Bréfritari: Andrés Fjeldsted
Viðtakandi: Einar Friðgeirsson
Dagsetning: A-1890-01-30
Skrifað á: Hvítárvöllum  Borg.

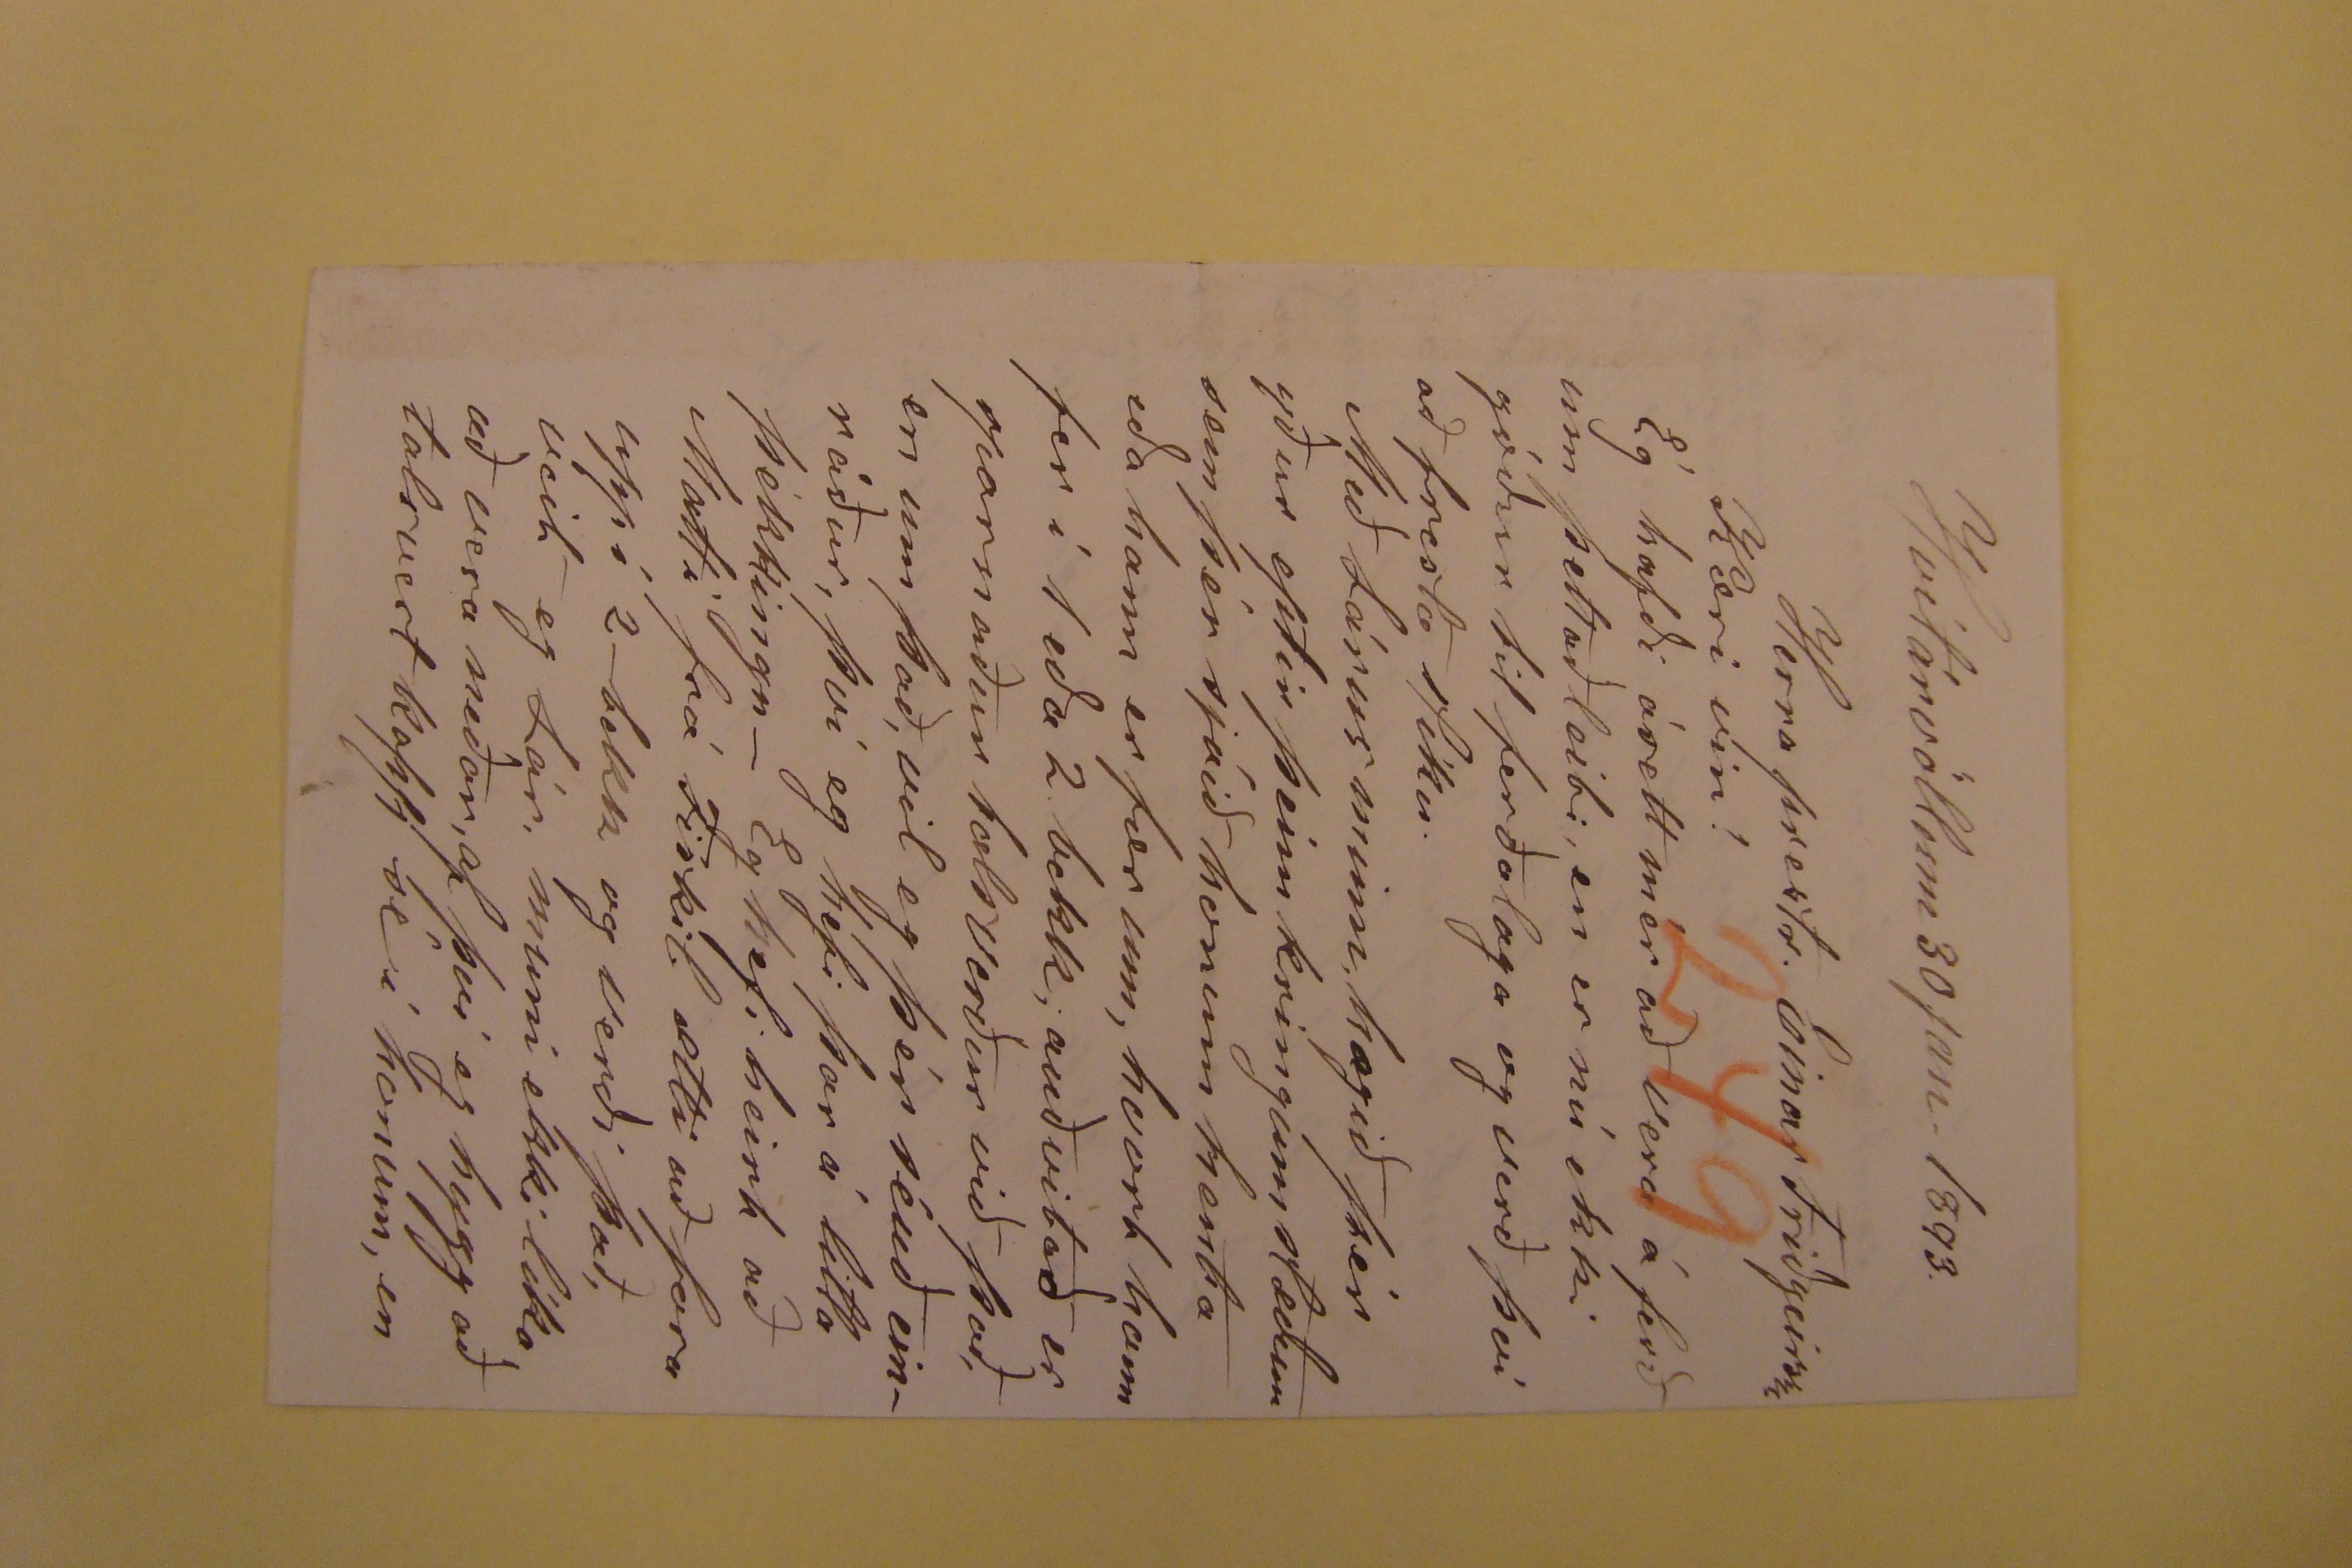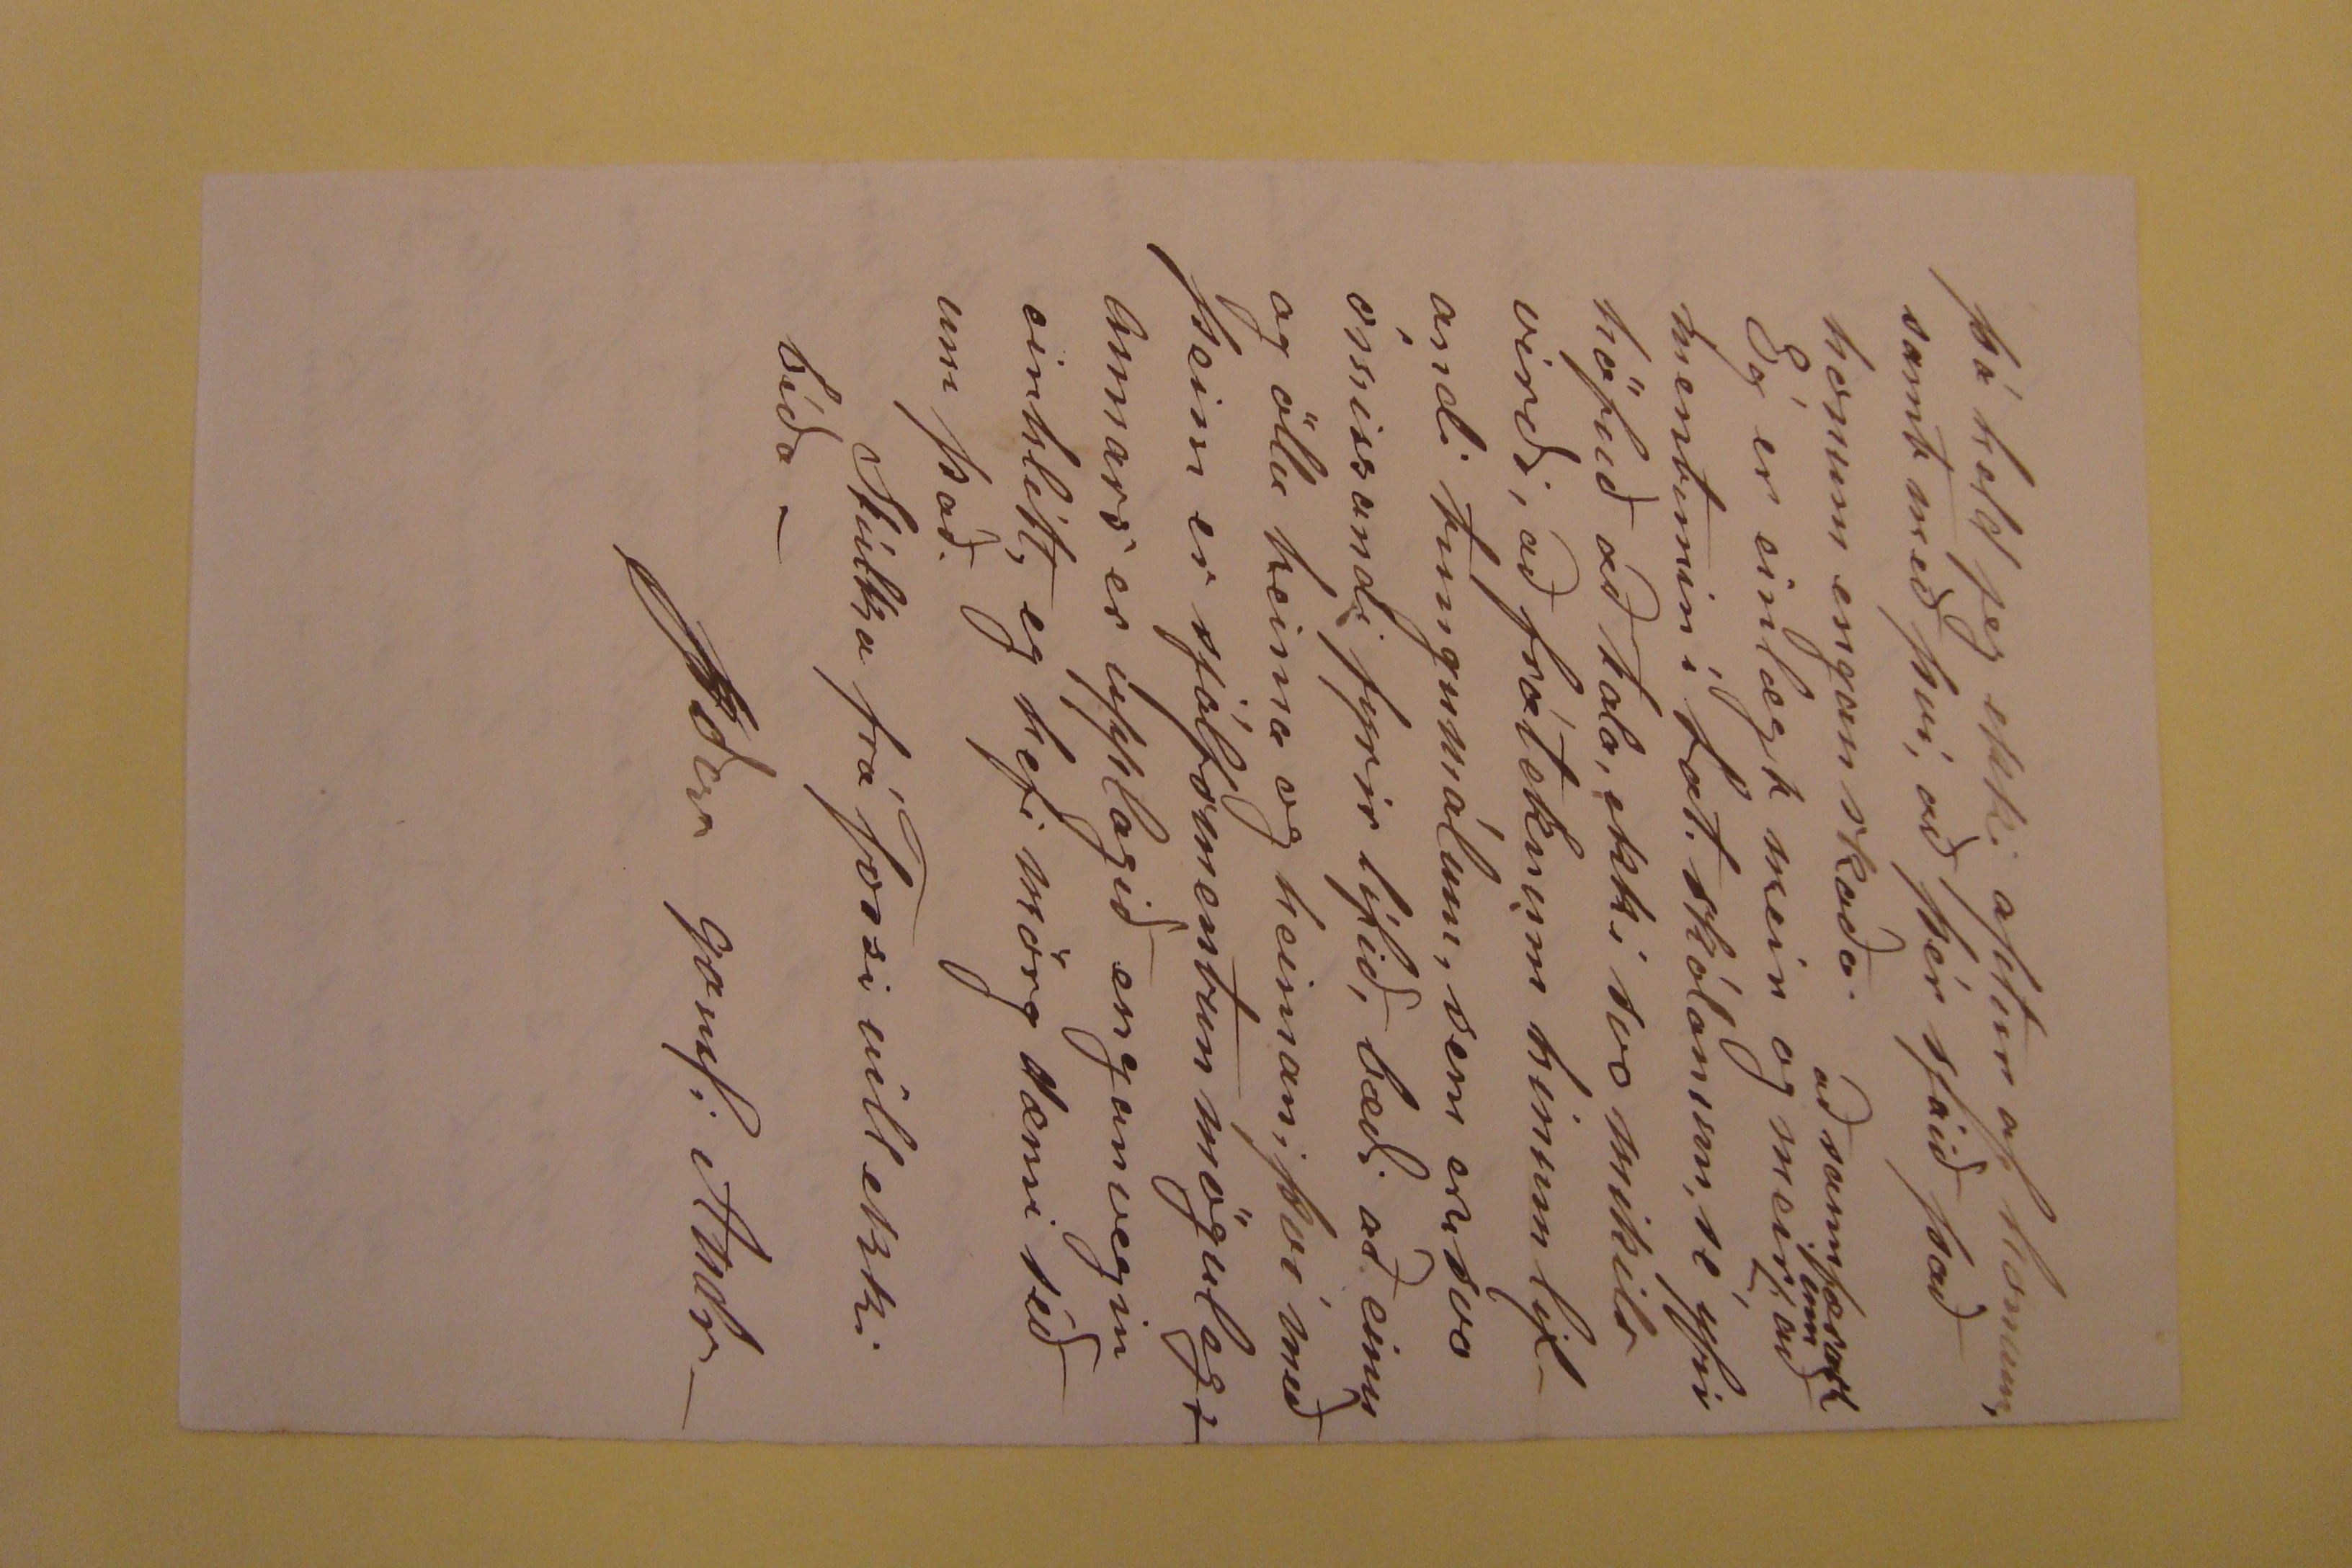

Hvítárvöllum 30 jan. 1893
Herra prestr. Einar Friðgeirsson
Kæri vin!
Ég hafði árett mér að vera á ferð um þettað leiti, en er nú ekki góður til ferðalaga og verð því að fresta slíku. Með Lárus minn, hagið þér yður eptir þeim
kringumstæðum sem þér sjáið honum henta eða hann er fær um, hvort hann fer í 1 eða 2 bekk; auðvitað er sparnaður talsverður við það, en um það, vil eg þér
séuð einráður, því eg hefi þar á litla þekkingu - Eg hefi heirt að Matti frá Firskil ætti að fara uppí 2-bekk og verði það, veit eg Lár. muni ekki líka að vera neðar,
af því eg hygg að talsvert kapp sé í honum, en
þá held jeg ekki aptur af honum, samt með því, að þér sjáið það honum engan skaða. Ég er einlægt meir og meir
aðsannfærast um að mentunin í lat. skólanum, sé yfir höfuð að tala, ekki svo mikils virði, að fráteknum hinum lifandi tungumálum, sem eru svo ómissandi
fyrir lífið, bæði að einu og öllu heima og heiman; því með þeim er sjálfsmentun möguleg, annars er upplagið enganvegin einhlítt, eg hefi mörg dæmi séð um það.
Stúlka frá Fossi vill ekki bíða -
Yðar gamli Andr-